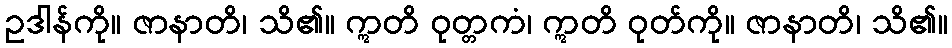
ဥဒါန်ကို။ ဇာနာတိ၊ သိ၏။ ဣတိ ဝုတ္တကံ၊ ဣတိ ဝုတ်ကို။ ဇာနာတိ၊ သိ၏။